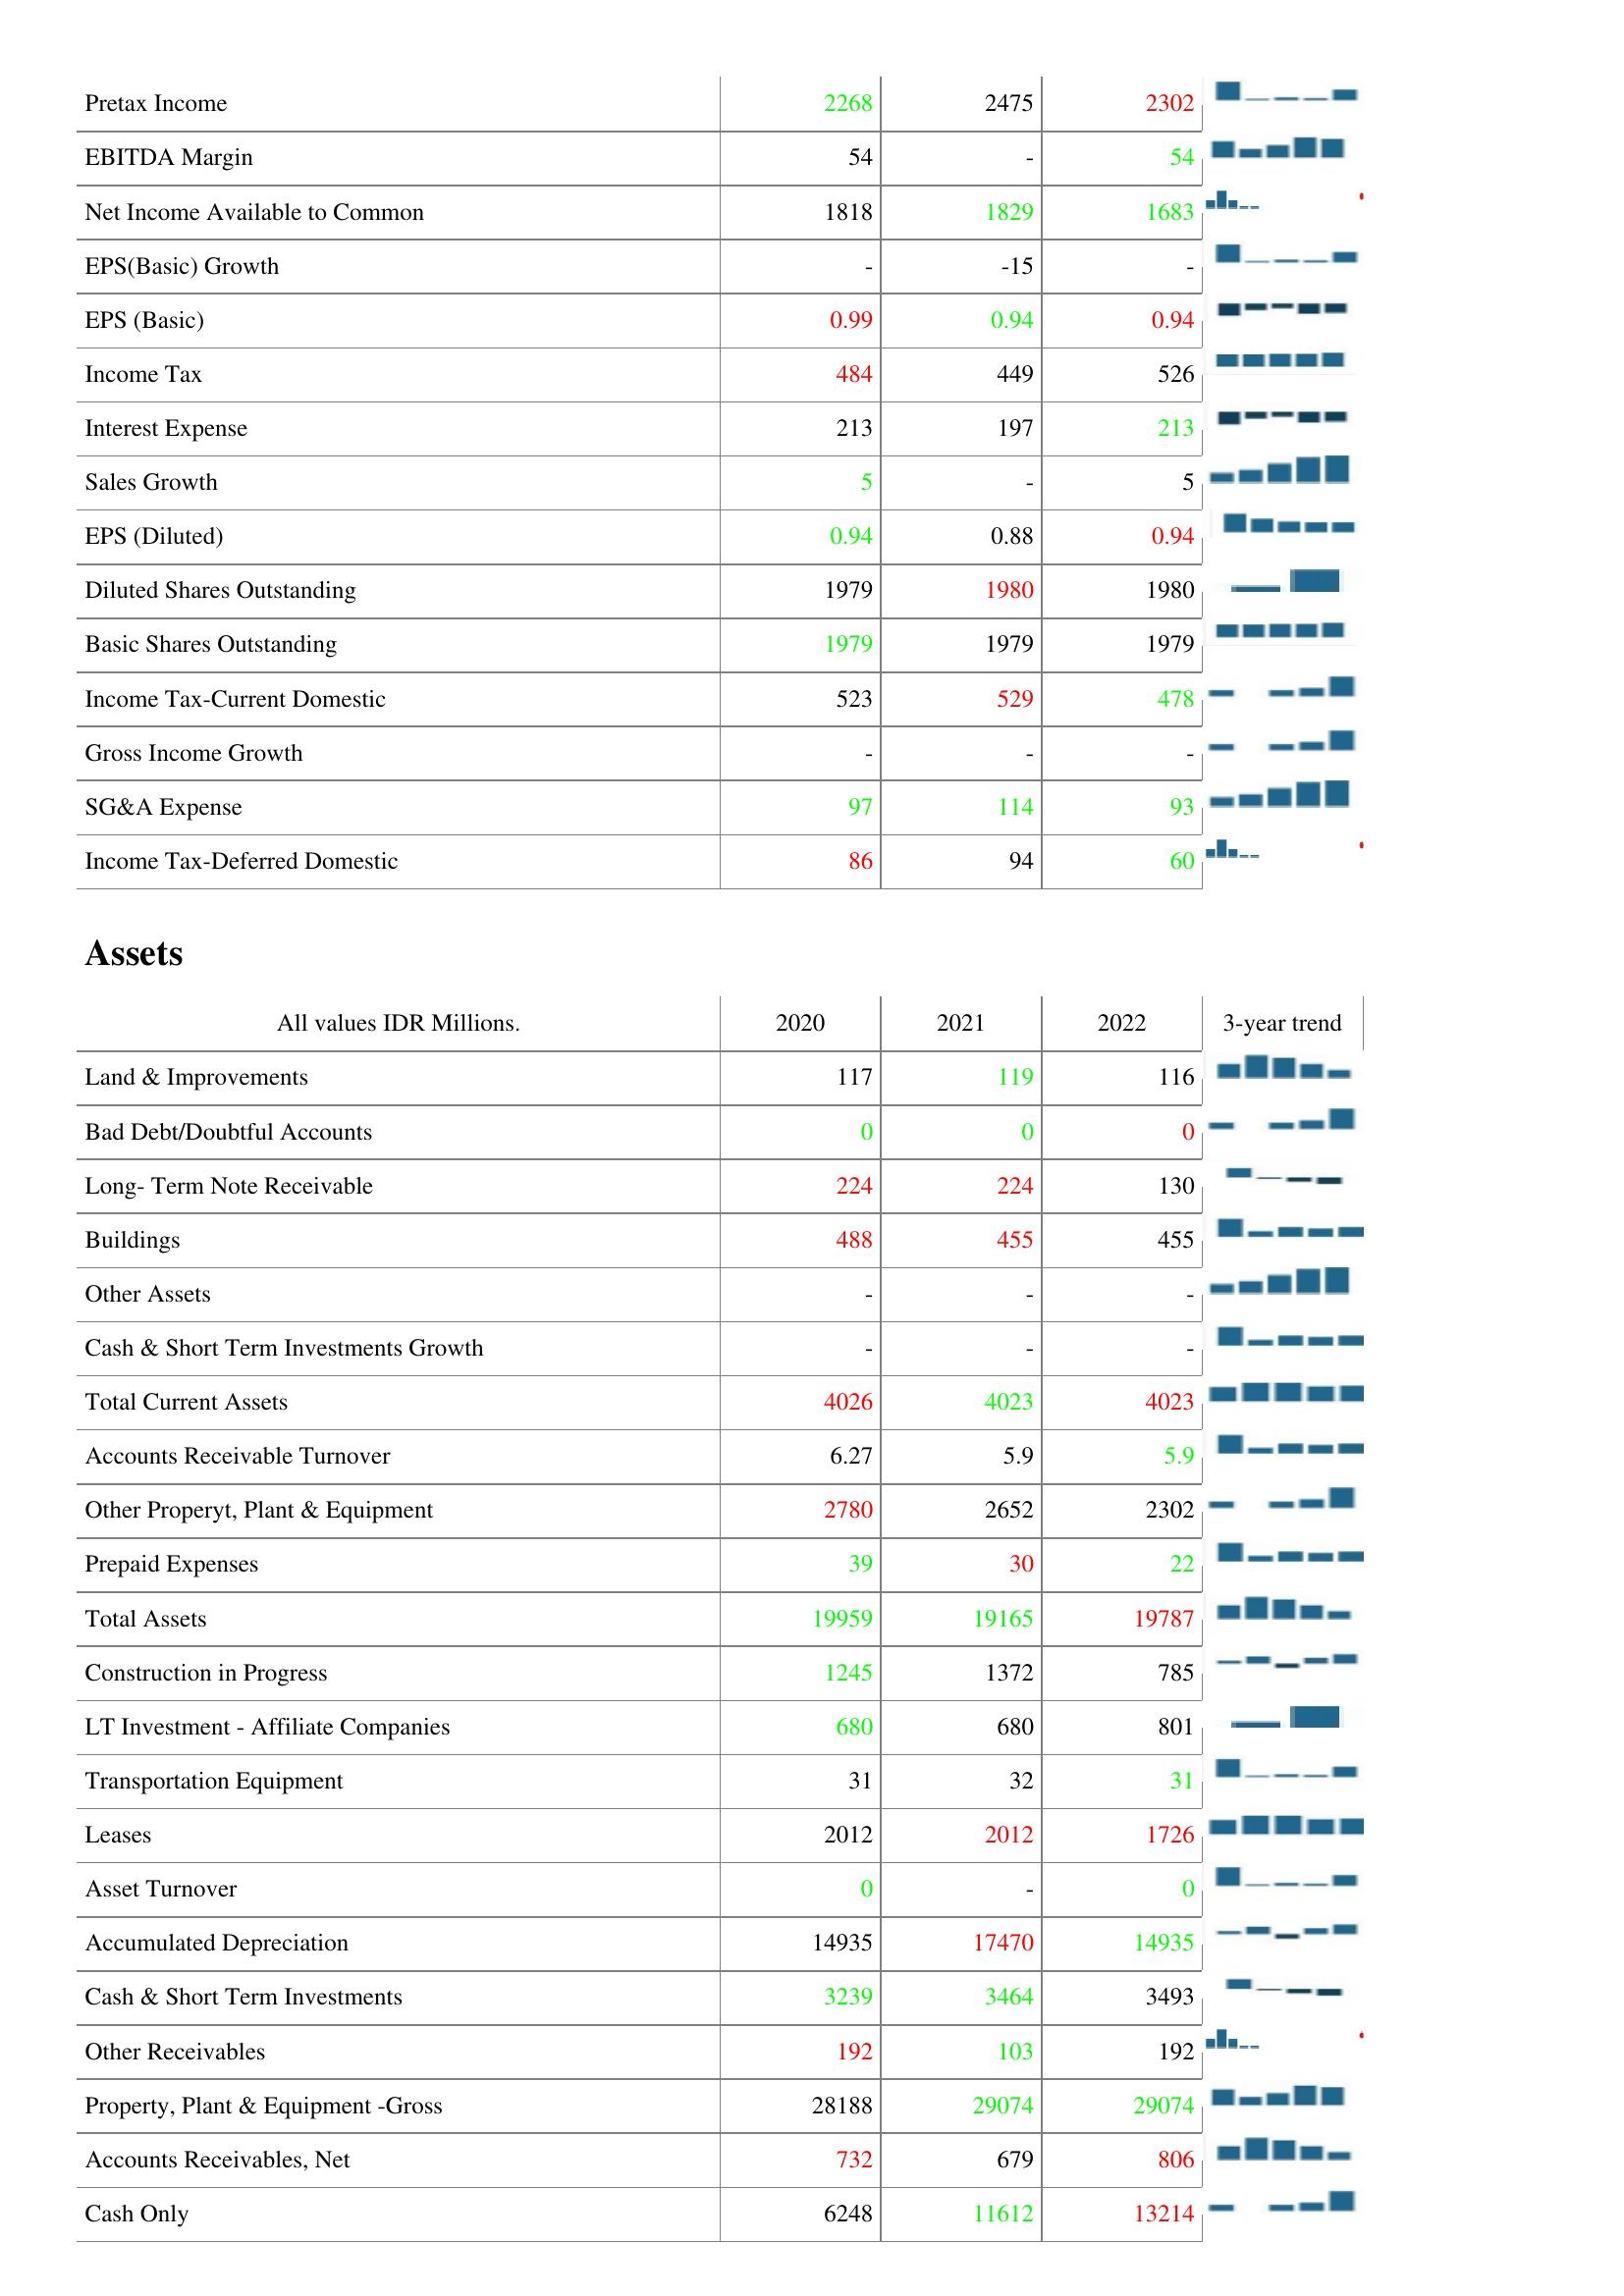
2020: : Pretax Income: 2268
EBITDA Margin: 54
Net Income Available to Common: 1818
EPS(Basic) Growth: -
EPS (Basic): 0.99
Income Tax: 484
Interest Expense: 213
Sales Growth: 5
EPS (Diluted): 0.94
Diluted Shares Outstanding: 1979
Basic Shares Outstanding: 1979
Income Tax-Current Domestic: 523
Gross Income Growth: -
SG&A Expense: 97
Income Tax-Deferred Domestic: 86
Assets: Land & Improvements: 117
Bad Debt/Doubtful Accounts: 0
Long- Term Note Receivable: 224
Buildings: 488
Other Assets: -
Cash & Short Term Investments Growth: -
Total Current Assets: 4026
Accounts Receivable Turnover: 6.27
Other Properyt, Plant & Equipment: 2780
Prepaid Expenses: 39
Total Assets: 19959
Construction in Progress: 1245
LT Investment - Affiliate Companies: 680
Transportation Equipment: 31
Leases: 2012
Asset Turnover: 0
Accumulated Depreciation: 14935
Cash & Short Term Investments: 3239
Other Receivables: 192
Property, Plant & Equipment -Gross: 28188
Accounts Receivables, Net: 732
Cash Only: 6248
2021: : Pretax Income: 2475
EBITDA Margin: -
Net Income Available to Common: 1829
EPS(Basic) Growth: -15
EPS (Basic): 0.94
Income Tax: 449
Interest Expense: 197
Sales Growth: -
EPS (Diluted): 0.88
Diluted Shares Outstanding: 1980
Basic Shares Outstanding: 1979
Income Tax-Current Domestic: 529
Gross Income Growth: -
SG&A Expense: 114
Income Tax-Deferred Domestic: 94
Assets: Land & Improvements: 119
Bad Debt/Doubtful Accounts: 0
Long- Term Note Receivable: 224
Buildings: 455
Other Assets: -
Cash & Short Term Investments Growth: -
Total Current Assets: 4023
Accounts Receivable Turnover: 5.9
Other Properyt, Plant & Equipment: 2652
Prepaid Expenses: 30
Total Assets: 19165
Construction in Progress: 1372
LT Investment - Affiliate Companies: 680
Transportation Equipment: 32
Leases: 2012
Asset Turnover: -
Accumulated Depreciation: 17470
Cash & Short Term Investments: 3464
Other Receivables: 103
Property, Plant & Equipment -Gross: 29074
Accounts Receivables, Net: 679
Cash Only: 11612
2022: : Pretax Income: 2302
EBITDA Margin: 54
Net Income Available to Common: 1683
EPS(Basic) Growth: -
EPS (Basic): 0.94
Income Tax: 526
Interest Expense: 213
Sales Growth: 5
EPS (Diluted): 0.94
Diluted Shares Outstanding: 1980
Basic Shares Outstanding: 1979
Income Tax-Current Domestic: 478
Gross Income Growth: -
SG&A Expense: 93
Income Tax-Deferred Domestic: 60
Assets: Land & Improvements: 116
Bad Debt/Doubtful Accounts: 0
Long- Term Note Receivable: 130
Buildings: 455
Other Assets: -
Cash & Short Term Investments Growth: -
Total Current Assets: 4023
Accounts Receivable Turnover: 5.9
Other Properyt, Plant & Equipment: 2302
Prepaid Expenses: 22
Total Assets: 19787
Construction in Progress: 785
LT Investment - Affiliate Companies: 801
Transportation Equipment: 31
Leases: 1726
Asset Turnover: 0
Accumulated Depreciation: 14935
Cash & Short Term Investments: 3493
Other Receivables: 192
Property, Plant & Equipment -Gross: 29074
Accounts Receivables, Net: 806
Cash Only: 13214